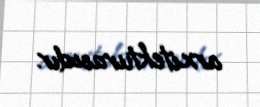
arxitekturasıdır.